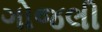
ગોજલી